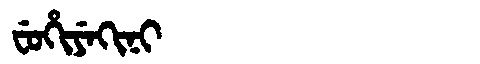
Manchu: ᠸᡠᡥᡳᠶᡝᡴᡳᠨᡳ
Romanization: FUHIYEKINI